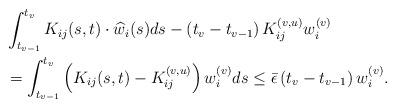
LaTeX: \begin{align*}& \int_{t_{v-1}}^{t_{v}}K_{ij}(s,t)\cdot\widehat{w}_{i}(s)ds-\left (t_{v}-t_{v-1}\right )K_{ij}^{(v,u)}w_{i}^{(v)}\\& =\int_{t_{v-1}}^{t_{v}}\left (K_{ij}(s,t)-K_{ij}^{(v,u)}\right )w_{i}^{(v)}ds\leq\bar{\epsilon}\left (t_{v}-t_{v-1}\right )w_{i}^{(v)}.\end{align*}